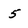
Character: 5